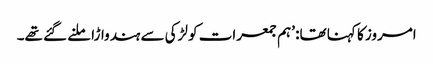
امروز کا کہنا تھا: ’ہم جمعرات کو لڑکی سے ہندواڑا ملنے گئے تھے۔